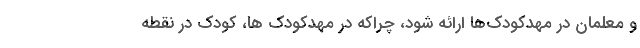
و معلمان در مهد‌کودک‌ها ارائه شود، چراکه در مهدکودک ها، کودک در نقطه